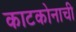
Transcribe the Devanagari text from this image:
काटकोनाची